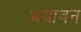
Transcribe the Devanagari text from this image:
भयावन